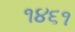
૧૪૬૧